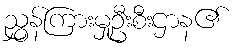
ညွှန်ကြားမှုဦးစီးဌာန၏